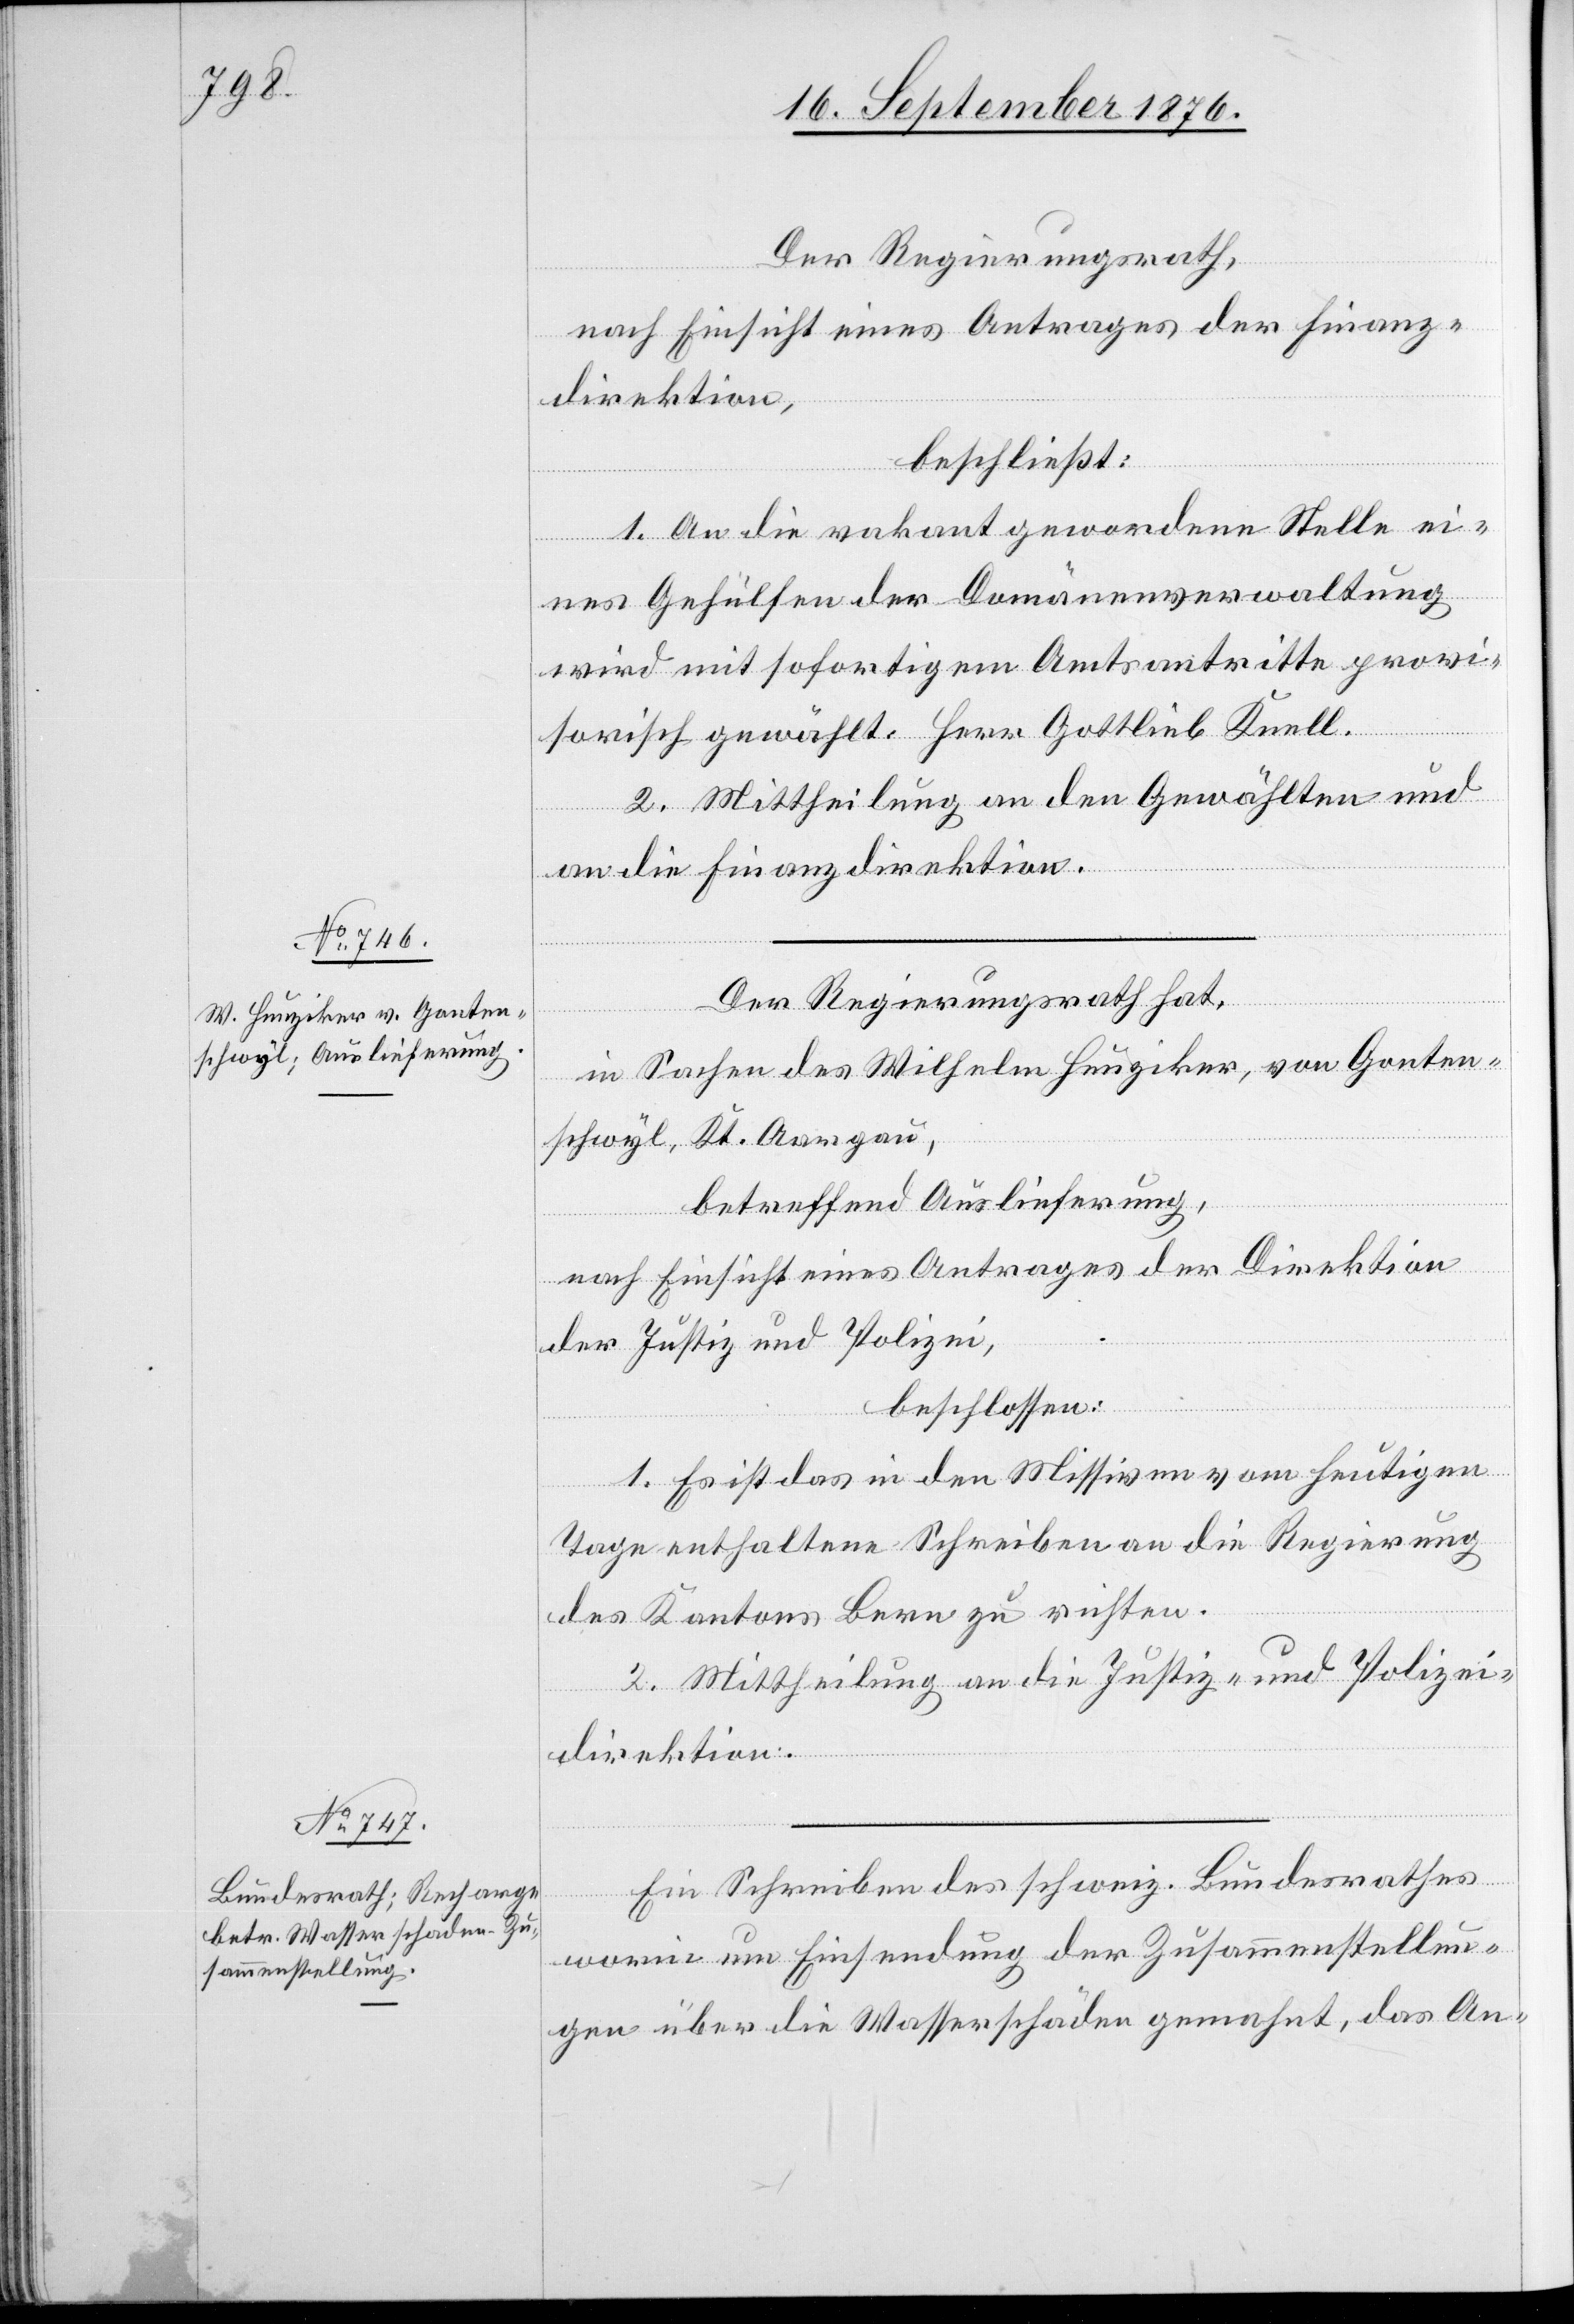
nach Einsicht eines Antrages der Finanz¬
direktion
beschließt:
1. An die vakant gewordene Stelle ei¬
nes Gehülfen der Domänenverwaltung
wird mit sofortigem Amtsantritte provi¬
richten.
sorisch gewählt: Herr Gottlieb Knell.
2. Mittheilung an den Gewählten und
an die Finanzdirektion.
Der Regierungsrath hat,
zu
in Sachen des Wilhelm Hunziker, von Ganter¬
schwyl, Kt. Aargau,
Der
betreffend Auslieferung,
nach Einsicht eines Antrages der Direktion
der Justiz und Polizei,
beschlossen:
1. Es sei das in den Missiven vom heutigen
Tage enthaltene Schreiben an den Bundesrath
2. Mittheilung an die Justiz- und Polizei¬
direktion.
Ein Schreiben des schweiz. Bundesrathes
worin um Einsendung der Zusammenstellun¬
gen über die Wasserschäden gemahnt, das An-